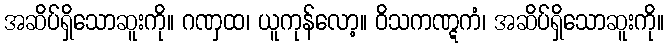
အဆိပ်ရှိသောဆူးကို။ ဂဏှထ၊ ယူကုန်လော့။ ဝိသကဏ္ဋကံ၊ အဆိပ်ရှိသောဆူးကို။